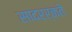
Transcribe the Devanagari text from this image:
सादरर्कते